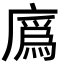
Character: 𢊯